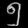
Digit: ၅